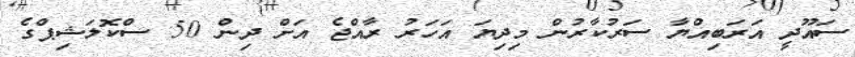
ސައޫދީ އަރަބިއްޔާ ސަރުކާރުން މިދިޔަ އަހަރު ރާއްޖެ އަށް ދިން 50 ސްކޮލަޝިޕްގެ